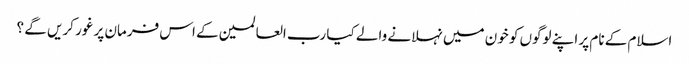
اسلام کے نام پر اپنے لوگوں کو خون میں نہلانے والے کیا رب العالمین کے اس فرمان پر غور کریں گے ؟